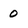
Character: 0